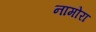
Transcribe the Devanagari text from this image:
नामोरा